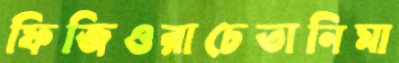
ফিজিওরাচেতানিমা